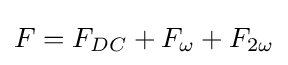
F=F_{DC}+F_{\omega }+F_{2\omega }